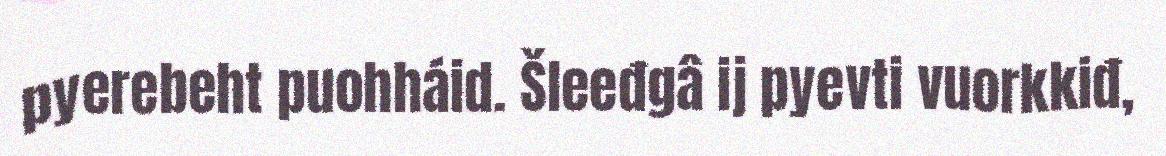
pyerebeht puohháid. Šleeđgâ ij pyevti vuorkkiđ,